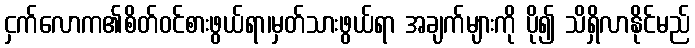
ငှက်လောက၏စိတ်ဝင်စားဖွယ်ရာ၊မှတ်သားဖွယ်ရာ အချက်များကို ပို၍ သိရှိလာနိုင်မည်